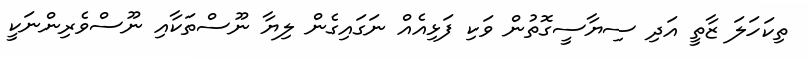
ތިކަހަލަ ޒާތީ އަދި ސިޔާސީގޮތުން ވަކި ފަޅިއެއް ނަގައިގެން ލިޔާ ނޫސްތަކާއި ނޫސްވެރިންނަކީ